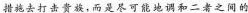
措施去打击贵族，而是尽可能地调和二者之间的